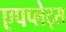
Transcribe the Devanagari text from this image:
एपप्लेट्स